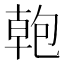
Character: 𭅎